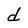
Character: d